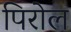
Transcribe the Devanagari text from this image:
पिरोल